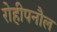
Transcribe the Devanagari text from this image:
रोहीपनौल